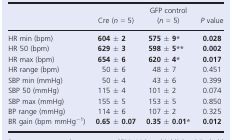
<table><thead><tr><td></td><td><b>Cre (<i>n</i> = 5)</b></td><td><b>GFP control (<i>n</i> = 5)</b></td><td><b><i>P</i> value</b></td></tr></thead><tbody><tr><td>HR min (bpm)</td><td><b>604 ± 2</b></td><td><b>575 ± 9</b><b>*</b></td><td><b>0.028</b></td></tr><tr><td>HR 50 (bpm)</td><td><b>629 ± 3</b></td><td><b>598 ± 5</b><b>**</b></td><td><b>0.002</b></td></tr><tr><td>HR max (bpm)</td><td><b>654 ± 6</b></td><td><b>620 ± 4</b><b>*</b></td><td><b>0.017</b></td></tr><tr><td>HR range (bpm)</td><td>50 ± 6</td><td>48 ± 7</td><td>0.451</td></tr><tr><td>SBP min (mmHg)</td><td>50 ± 4</td><td>43 ± 6</td><td>0.399</td></tr><tr><td>SBP 50 (mmHg)</td><td>115 ± 4</td><td>101 ± 2</td><td>0.074</td></tr><tr><td>SBP max (mmHg)</td><td>155 ± 5</td><td>153 ± 5</td><td>0.850</td></tr><tr><td>BP range (mmHg)</td><td>114 ± 6</td><td>107 ± 2</td><td>0.325</td></tr><tr><td>BR gain (bpm mmHg<sup>−1</sup>)</td><td><b>0.65 ± 0.07</b></td><td><b>0.35 ± 0.01</b><b>*</b></td><td><b>0.012</b></td></tr></tbody></table>